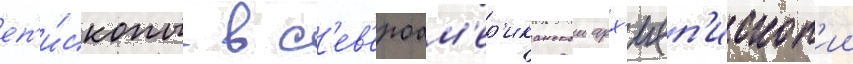
еп'и́скопы в с'ев'ероам'ер'иканскои арх'иеп'ископ'ии